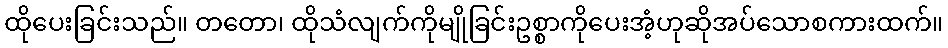
ထိုပေးခြင်းသည်။ တတော၊ ထိုသံလျက်ကိုမျိုခြင်းဥစ္စာကိုပေးအံ့ဟုဆိုအပ်သောစကားထက်။